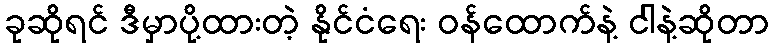
ခုဆိုရင် ဒီမှာပို့ထားတဲ့ နိုင်ငံရေး ဝန်ထောက်နဲ့ ငါနဲ့ဆိုတာ